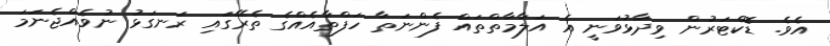
އެވެ. ޑޮކްޓަރުން ވިދާޅުވަނީ އެ އަލާމާތްތައް ފެންނަތާ ހަފްތާއެއްގެ ތެރޭގައި ރަނގަޅު ނުވެއްޖެނަމަ